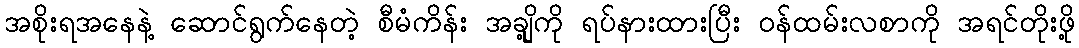
အစိုးရအနေနဲ့ ဆောင်ရွက်နေတဲ့ စီမံကိန်း အချို့ကို ရပ်နားထားပြီး ဝန်ထမ်းလစာကို အရင်တိုးဖို့